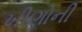
ખીણોની